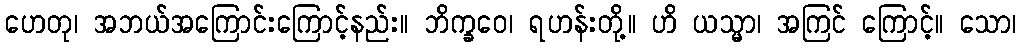
ဟေတု၊ အဘယ်အကြောင်းကြောင့်နည်း။ ဘိက္ခဝေ၊ ရဟန်းတို့။ ဟိ ယသ္မာ၊ အကြင် ကြောင့်။ သော၊